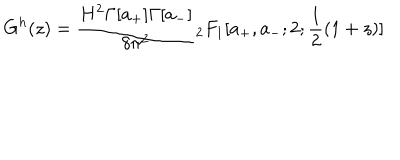
LaTeX: G ^ { h } ( z ) = \frac { H ^ { 2 } \Gamma [ a _ { + } ] \Gamma [ a _ { - } ] } { 8 \pi ^ { 2 } } { } _ { 2 } F _ { 1 } [ a _ { + } , a _ { - } ; 2 ; \frac { 1 } { 2 } ( 1 + z ) ]